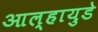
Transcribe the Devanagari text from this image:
आल्हायुडे